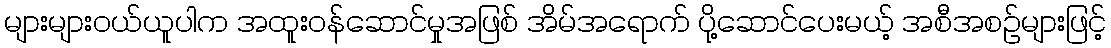
များများဝယ်ယူပါက အထူးဝန်ဆောင်မှုအဖြစ် အိမ်အရောက် ပို့ဆောင်ပေးမယ့် အစီအစဉ်များဖြင့်